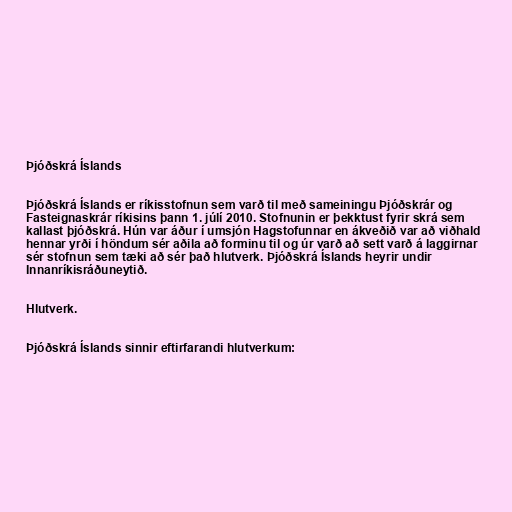
Þjóðskrá Íslands

Þjóðskrá Íslands er ríkisstofnun sem varð til með sameiningu Þjóðskrár og
Fasteignaskrár ríkisins þann 1. júlí 2010. Stofnunin er þekktust fyrir skrá sem
kallast þjóðskrá. Hún var áður í umsjón Hagstofunnar en ákveðið var að viðhald
hennar yrði í höndum sér aðila að forminu til og úr varð að sett varð á laggirnar
sér stofnun sem tæki að sér það hlutverk. Þjóðskrá Íslands heyrir undir
Innanríkisráðuneytið.

Hlutverk.

Þjóðskrá Íslands sinnir eftirfarandi hlutverkum: